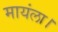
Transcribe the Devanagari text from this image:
मायंला।